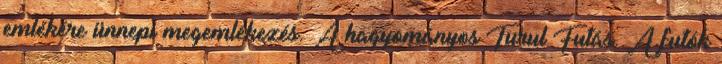
emlékére ünnepi megemlékezés. A hagyományos Turul Futás. A futók